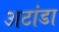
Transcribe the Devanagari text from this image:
अटांडा